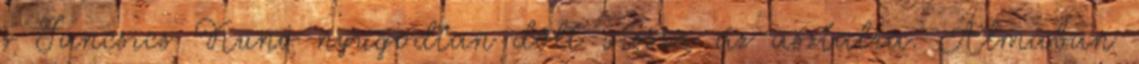
s Jancsics Kunó nyugodtan dőlt vissza az asztalra. Álmában